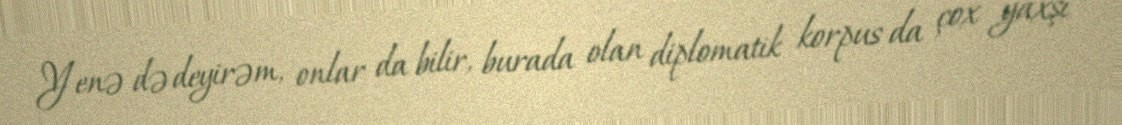
Yenə də deyirəm, onlar da bilir, burada olan diplomatik korpus da çox yaxşı